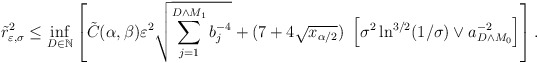
\begin{align*}\tilde r^2_{\varepsilon,\sigma} \leq \inf_{D \in \mathbb{N}}\left[\tilde C(\alpha,\beta) \varepsilon^2 \sqrt{\sum_{j=1}^{D \wedge M_1} b_j^{-4}} + (7+4\sqrt{x_{\alpha/2}})\ \left[\sigma^2 \ln^{3/2}(1/\sigma) \vee a^{-2}_{D \wedge M_0}\right] \right].\end{align*}